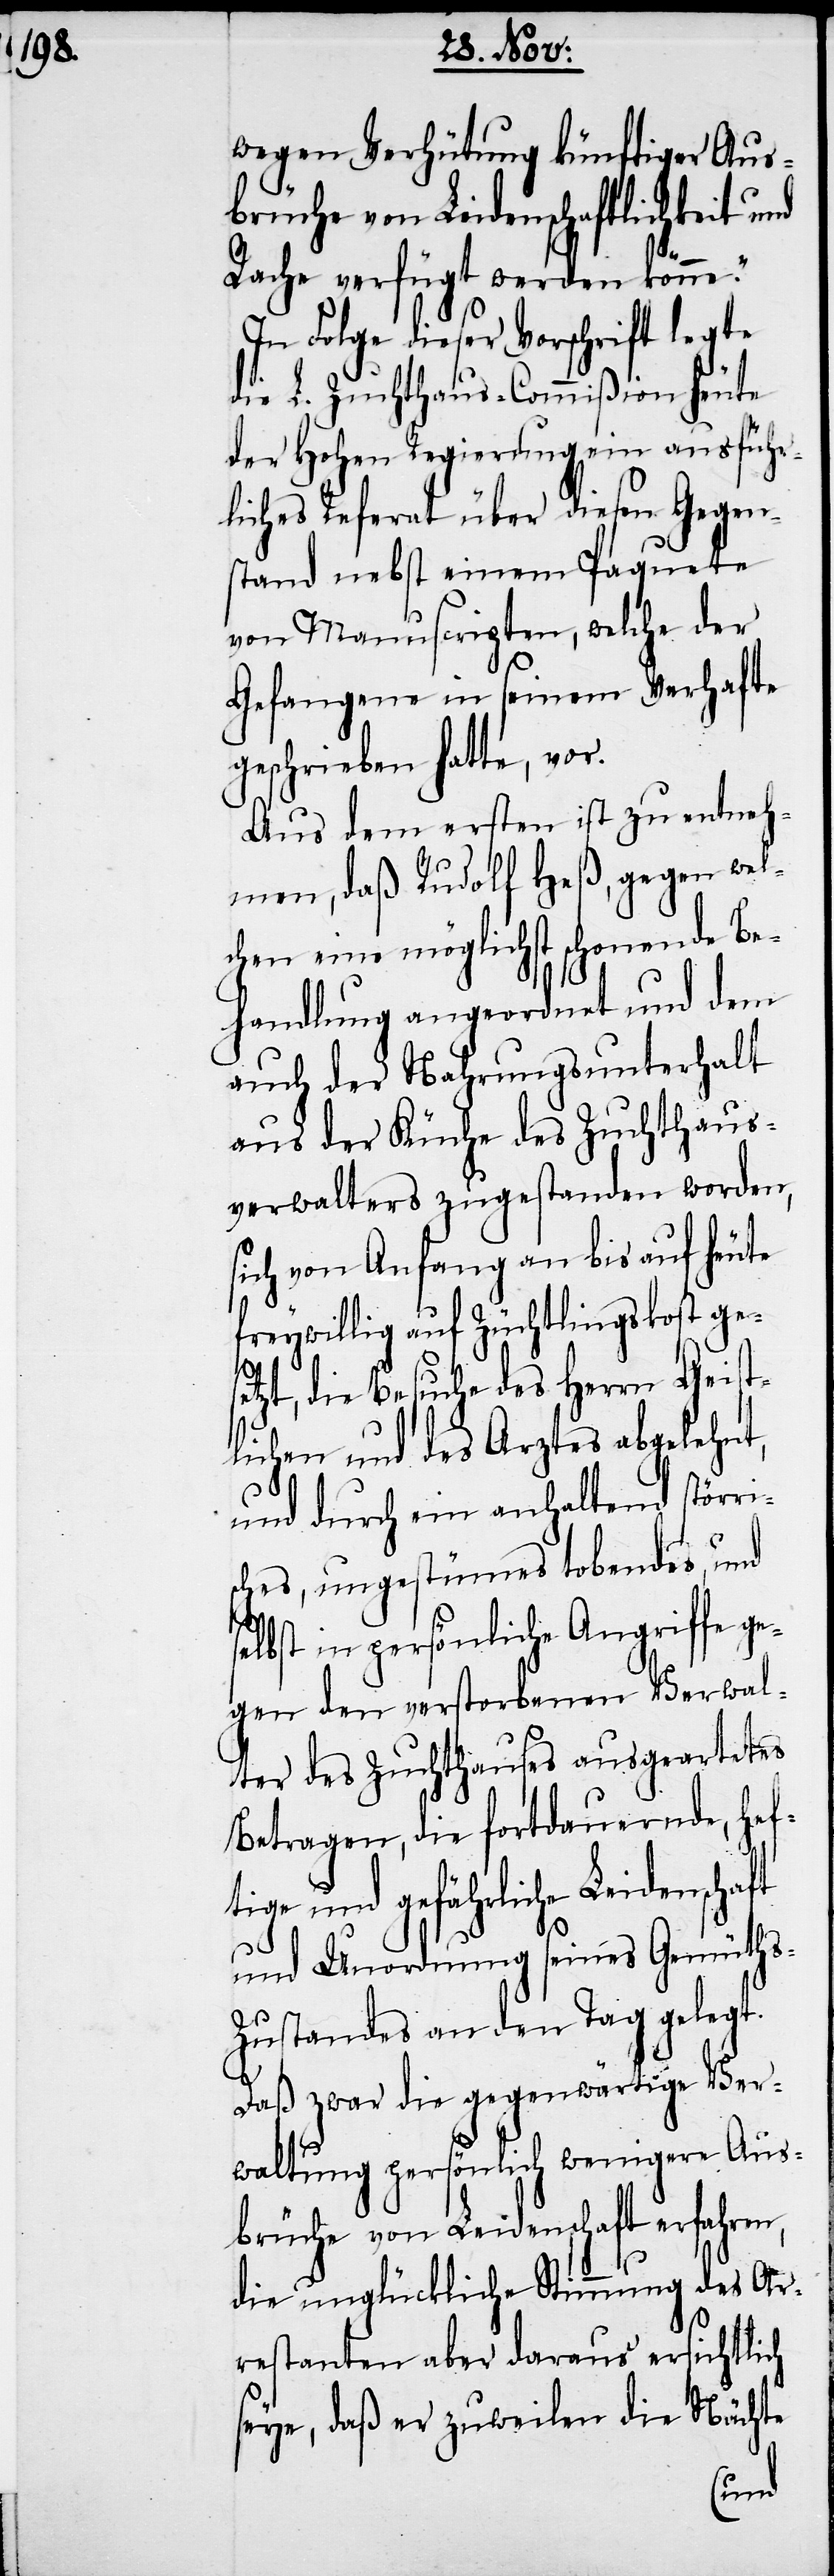
wegen Verhütung künftiger Aus¬
brüche von Leidenschaftlichkeit und
Rache verfügt werden könne.“
In Folge dieser Vorschrift legte
die L. Zuchthaus-Commißion heute
der Hohen Regierung ein ausführ¬
liches Referat über diesen Gegen¬
stand nebst einem Paquete
von Manuscripten, welche der
Gefangene in seinem Verhafte
geschrieben hatte, vor.
Aus dem ersten ist zu entneh¬
men, daß Rudolf Heß, gegen wel¬
chen eine möglichst schonende Be¬
handlung angeordnet und dem
auch der Nahrungsunterhalt
aus der Küche des Zuchthaus¬
verwalters zugestanden worden,
sich von Anfang an bis auf heute
freywillig auf Züchtlingskost gese¬
tzt, die Besuche des Herrn Geist¬
lichen und Arztes abgelehnt,
und durch ein anhaltend störr¬
ches, ungestümes tobendes, und
selbst in persönliche Angriffe ge¬
gen den verstorbenen Verwal¬
ter des Zuchthauses ausgeartetes
Betragen, die fortdauernde, he¬
tige und gefährliche Leidenschaft
und Unordnung seines Gemüth¬
s-Zustandes an den Tag gelegt.
Daß zwar die gegenwärtige Ver¬
f¬
waltung persönlich wenigere Aus¬
brüche von Leidenschaft erfahren,
die unglückliche Stimmung des Ar¬
restanten aber daraus ersichtlich
seye, daß er zuweilen die Nächte